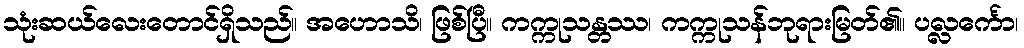
သုံးဆယ်လေးတောင်ရှိသည်။ အဟောသိ၊ ဖြစ်ပြီ။ ကက္ကုသန္တဿ၊ ကက္ကုသန်ဘုရားမြတ်၏။ ပလ္လင်္ကော၊